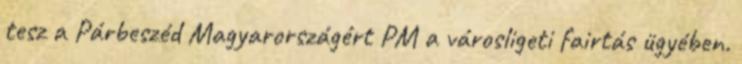
tesz a Párbeszéd Magyarországért PM a városligeti fairtás ügyében.